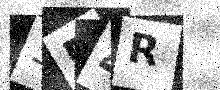
Text: 354R